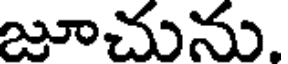
జూచును.